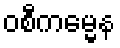
ဝစီကမ္မေန